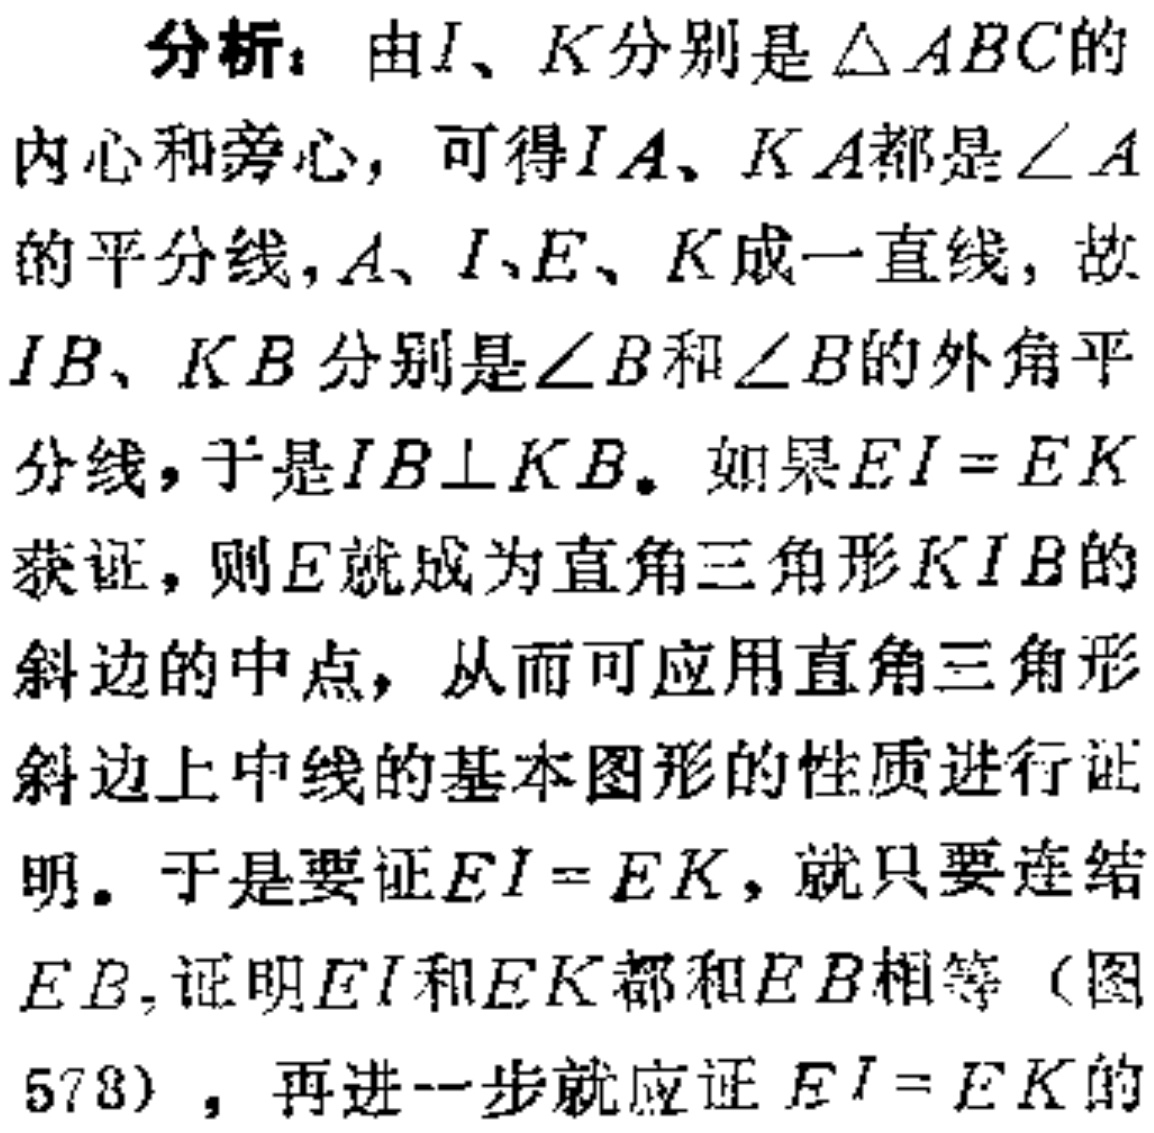
分析：由\(I\)、\(K\)分别是\(\triangle ABC\)的
内心和旁心，可得\(IA\)、\(KA\)都是\(\angle A\)
的平分线，\(A\)、\(I\)、\(E\)、\(K\)成一直线，故
\(IB\)、\(KB\)分别是\(\angle B\)和\(\angle B\)的外角平
分线，于是\(IB\perp KB\)。如果\(EI = EK\)
获证，则\(E\)就成为直角三角形\(KIB\)的
斜边的中点，从而可应用直角三角形
斜边上中线的基本图形的性质进行证
明。于是要证\(EI = EK\)，就只要连结
\(EB\)，证明\(EI\)和\(EK\)都和\(EB\)相等（图
578），再进一步就应证\(EI = EK\)的